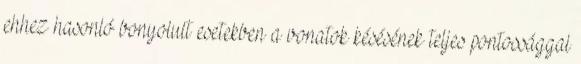
ehhez hasonló bonyolult esetekben a vonatok késésének teljes pontossággal